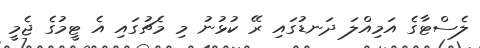
ލެސްޓާގެ އަމިއްލަ ދަނޑުގައި ރޭ ކުޅުނު މި މެޗުގައި އެ ޓީމުގެ ޖެމީ